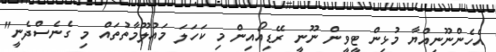
އެހެންނޫނިއްޔާ މުޅިން ޓީވީން ނޫނީ ރޭޑިއޯއިން މި ކަހަލަ މައުލޫމާތުތައް މި ގެނެސްދެނީ"